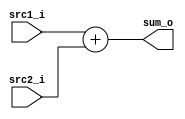
//Subject:     LAB4
//--------------------------------------------------------------------------------
//Version:     1
//--------------------------------------------------------------------------------
//Writer:      
//----------------------------------------------
//----------------------------------------------
//Description:
//--------------------------------------------------------------------------------

module Adder(
    src1_i,
    src2_i,
    sum_o
  );

  //I/O ports
  input  [32-1:0]  src1_i;
  input  [32-1:0]	 src2_i;
  output [32-1:0]	 sum_o;

  //Internal Signals
  wire    [32-1:0]	 sum_o;

  //Parameter

  //Main function
  assign sum_o = src1_i + src2_i;
endmodule